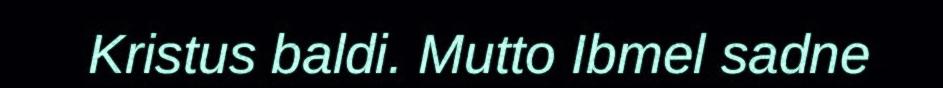
Kristus baldi. Mutto Ibmel sadne